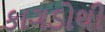
કાગડોથી